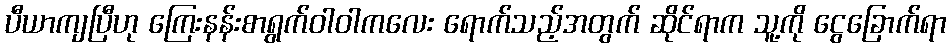
ပီယာကျပြီဟု ကြေးနန်းစာရွက်ဝါဝါကလေး ရောက်သည့်အတွက် ဆိုင်ရာက သူ့ကို ငွေခြောက်ရာ